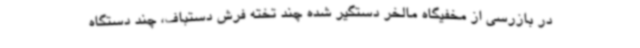
در بازرسی از مخفیگاه مالخر دستگیر شده چند تخته فرش دستباف، چند دستگاه